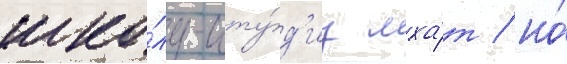
шко́лу-сту́д'иу мха́т / но́